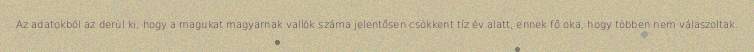
Az adatokból az derül ki, hogy a magukat magyarnak vallók száma jelentősen csökkent tíz év alatt, ennek fő oka, hogy többen nem válaszoltak.